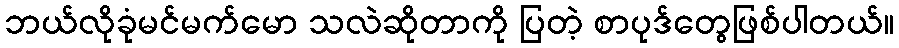
ဘယ်လိုခုံမင်မက်မော သလဲဆိုတာကို ပြတဲ့ စာပုဒ်တွေဖြစ်ပါတယ်။